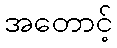
အတောင့်